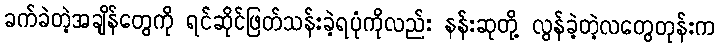
ခက်ခဲတဲ့အချိန်တွေကို ရင်ဆိုင်ဖြတ်သန်းခဲ့ရပုံကိုလည်း နန်းဆုတို့ လွန်ခဲ့တဲ့လတွေတုန်းက